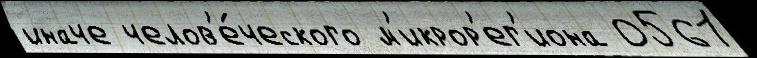
иначе челов'е́ческого м'икрор'ег'иона 0561